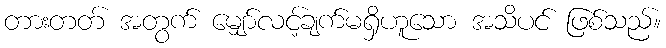
တားတတ် အတွက် မျှော်လင့်ချက်မရှိဟူသော အသိပင် ဖြစ်သည်။